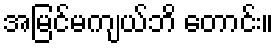
အမြင်မကျယ်ဘိ တောင်း။